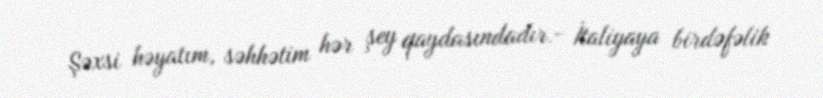
Şəxsi həyatım, səhhətim hər şey qaydasındadır.- İtaliyaya birdəfəlik